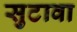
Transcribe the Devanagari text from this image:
सुटावा